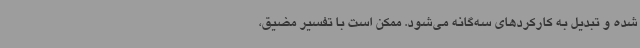
شده و تبدیل به کارکردهای سه‌گانه می‌شود. ممکن است با تفسیر مضیق،